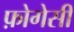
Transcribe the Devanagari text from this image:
फ़ोगेसी